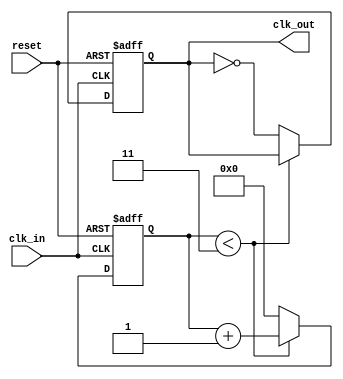
module clock_divider #(parameter DIV_FACTOR = 4) (
    input wire clk_in,
    input wire reset,
    output reg clk_out
);

    // Internal counter
    reg [31:0] count;

    // Always block for clock divider functionality
    always @(posedge clk_in or posedge reset) begin
        if (reset) begin
            // Reset condition
            count <= 0;
            clk_out <= 0;
        end else begin
            // Counting mechanism
            if (DIV_FACTOR > 1) begin
                if (count < (DIV_FACTOR - 1)) begin
                    count <= count + 1;
                end else begin
                    // Toggle clk_out
                    clk_out <= ~clk_out;
                    // Reset counter
                    count <= 0;
                end
            end else begin
                // Direct passthrough for DIV_FACTOR <= 1
                clk_out <= clk_in; // or handle as per design specifications
            end
        end
    end

endmodule